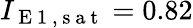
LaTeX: I_{\mathrm{~E~1~,~s~a~t~}}=0.82